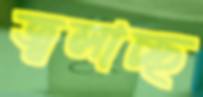
জ্বলাচ্ছ